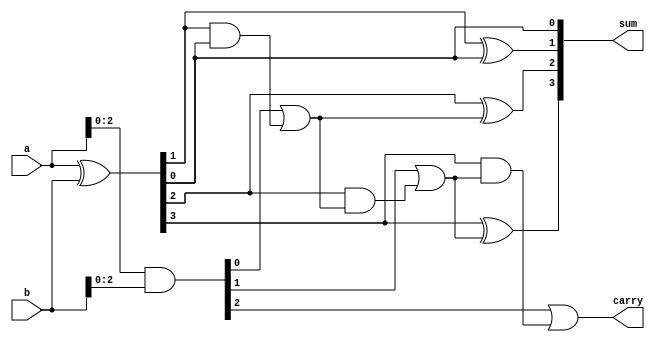
module brent_kung_adder (
  input [3:0] a,
  input [3:0] b,
  output [3:0] sum,
  output carry
  );

// Define internal signals
wire [3:0] p, g;
wire [3:0] c;

// Bitwise XOR and AND gates for bitwise addition
assign p = a ^ b;
assign g = a & b;

// Carry generation logic
assign c[0] = p[0];
assign c[1] = g[0] | (p[1] & c[0]);
assign c[2] = g[1] | (p[2] & c[1]);
assign c[3] = g[2] | (p[3] & c[2]);

// Sum computation
assign sum[0] = p[0];
assign sum[1] = p[1] ^ c[0];
assign sum[2] = p[2] ^ c[1];
assign sum[3] = p[3] ^ c[2];

// Carry output
assign carry = c[3];

endmodule